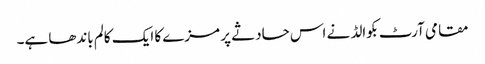
مقامی آرٹ بکوالڈ نے اس حادثے پر مزے کا ایک کالم باندھا ہے۔